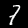
Digit: 7